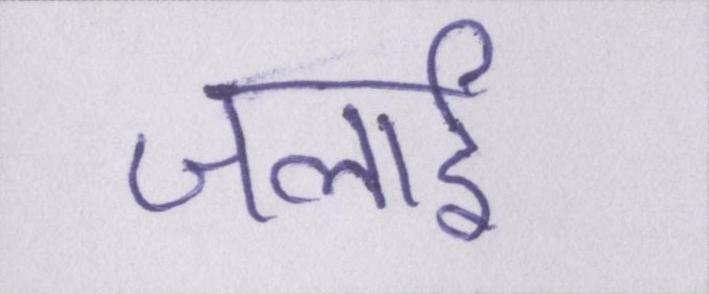
जलाई